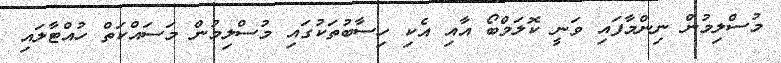
މުސްލިމުން ނިންމާފައި ވަނީ ކޮލަމްބޯ އާއި އެކި ހިސާބުތަކުގައި މުސްލިމުން މަސައްކަތް ހުއްޓާލައި